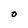
Character: O